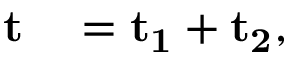
\begin{array} { r l } { \mathbf { { t } } } & { { } = \mathbf { { t _ { 1 } } } + \mathbf { { t _ { 2 } } } , } \end{array}